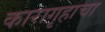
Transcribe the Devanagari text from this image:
कारागृहाचा